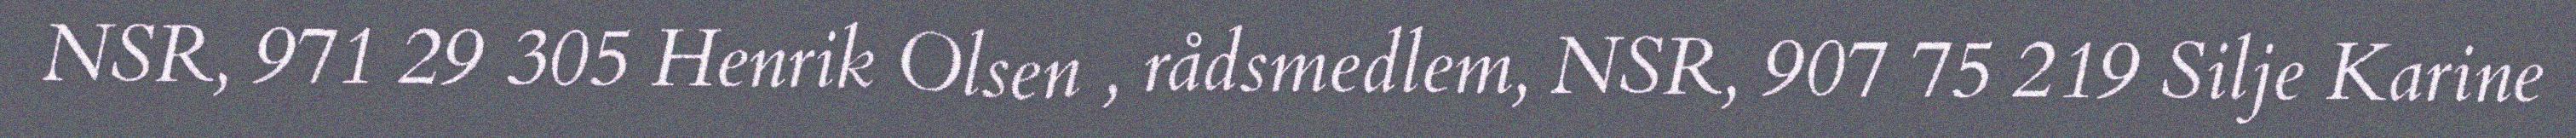
NSR, 971 29 305 Henrik Olsen , rådsmedlem, NSR, 907 75 219 Silje Karine